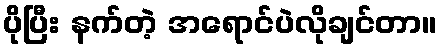
ပိုပြီး နက်တဲ့ အရောင်ပဲလိုချင်တာ။